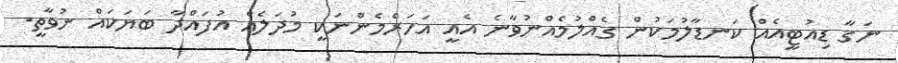
ނަގާ ޑިއުޓީއެއް ކަނޑާލުމަކުން ގެއްލުމެއްނުވާނެ އެއީ އަހަރެމެންނަކީ މުދަލެއް އުފައްދާ ބަޔަކައް ނުވާތީ.